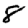
Digit: 8